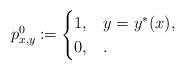
LaTeX: \begin{align*}p^0_{x,y}\coloneqq\begin{cases}1, & y=y^*(x),\\0, &.\end{cases}\end{align*}